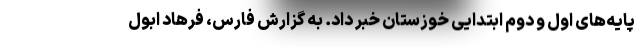
پایه‌های اول و دوم ابتدایی خوزستان خبر داد. به گزارش فارس، فرهاد ابول